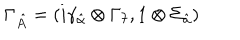
\Gamma _ { \hat { A } } = ( i \gamma _ { \hat { \alpha } } \otimes \Gamma _ { 7 } , 1 \otimes \Sigma _ { \hat { a } } )